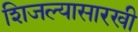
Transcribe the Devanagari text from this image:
शिजल्यासारखी